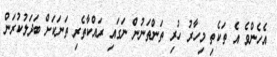
އެހެންވެ އެ ތަކެތި މިހާރު ހުރި ތަންތަނުން ނަގައި ރައްކާތެރި ތަނަކަށް ބަދަލުކުރަން